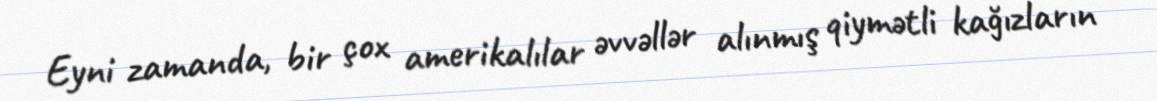
Eyni zamanda, bir çox amerikalılar əvvəllər alınmış qiymətli kağızların